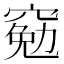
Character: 𫁕